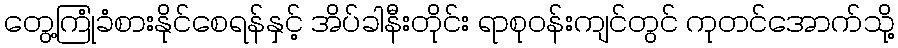
တွေ့ကြုံခံစားနိုင်စေရန်နှင့် အိပ်ခါနီးတိုင်း ရာစုဝန်းကျင်တွင် ကုတင်အောက်သို့